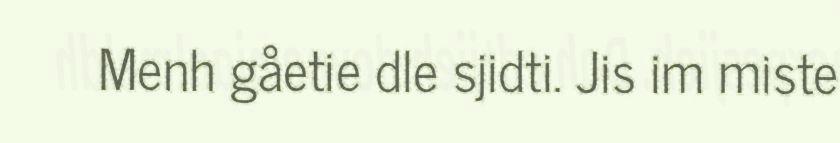
Menh gåetie dle sjidti. Jis im miste